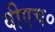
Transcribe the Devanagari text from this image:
वीएच०